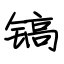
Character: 镐